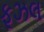
ફૂઝલ